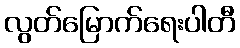
လွတ်မြောက်ရေးပါတီ